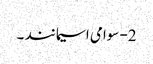
2- سوامی اسیمانند ۔